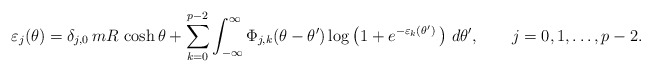
\begin{align*}\varepsilon_{j} ( \theta ) =\delta_{j,0}\, mR \, \cosh \theta + \sum_{k=0}^{p-2} \int_{-\infty}^\infty \Phi_{j,k}(\theta-\theta') \log \big( 1+ e^{-\varepsilon_k( \theta')}\, \big)\,\, d \theta', \qquad j=0,1,\ldots,p-2. \end{align*}